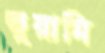
ভুয়ামি